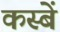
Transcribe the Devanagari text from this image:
कस्‍बें